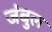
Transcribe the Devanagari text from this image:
जंबुल